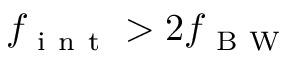
f _ { \mathrm { ~ i ~ n ~ t ~ } } > 2 f _ { \mathrm { ~ B ~ W ~ } }